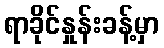
ရာခိုင်နှုန်းခန့်မှာ